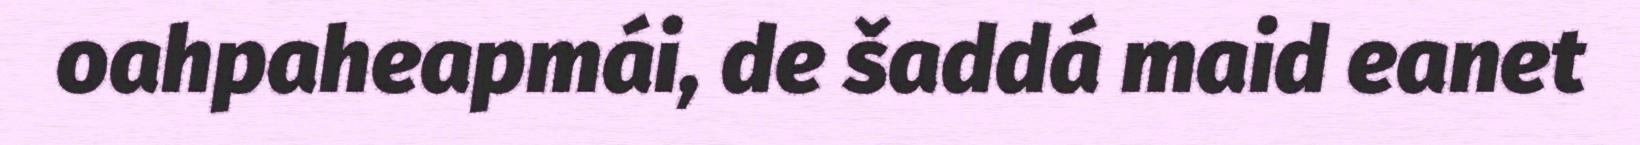
oahpaheapmái, de šaddá maid eanet